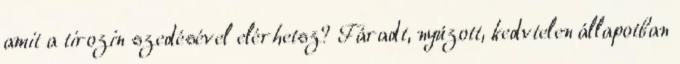
amit a tirozin szedésével elérhetsz? Fáradt, nyúzott, kedvtelen állapotban